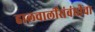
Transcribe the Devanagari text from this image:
हालचालींसंबंधीचा